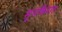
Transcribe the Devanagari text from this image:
मुनकिरात